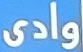
وادى